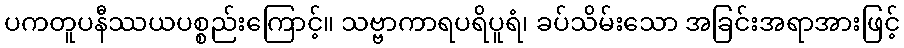
ပကတူပနီဿယပစ္စည်းကြောင့်။ သဗ္ဗာကာရပရိပူရံ၊ ခပ်သိမ်းသော အခြင်းအရာအားဖြင့်